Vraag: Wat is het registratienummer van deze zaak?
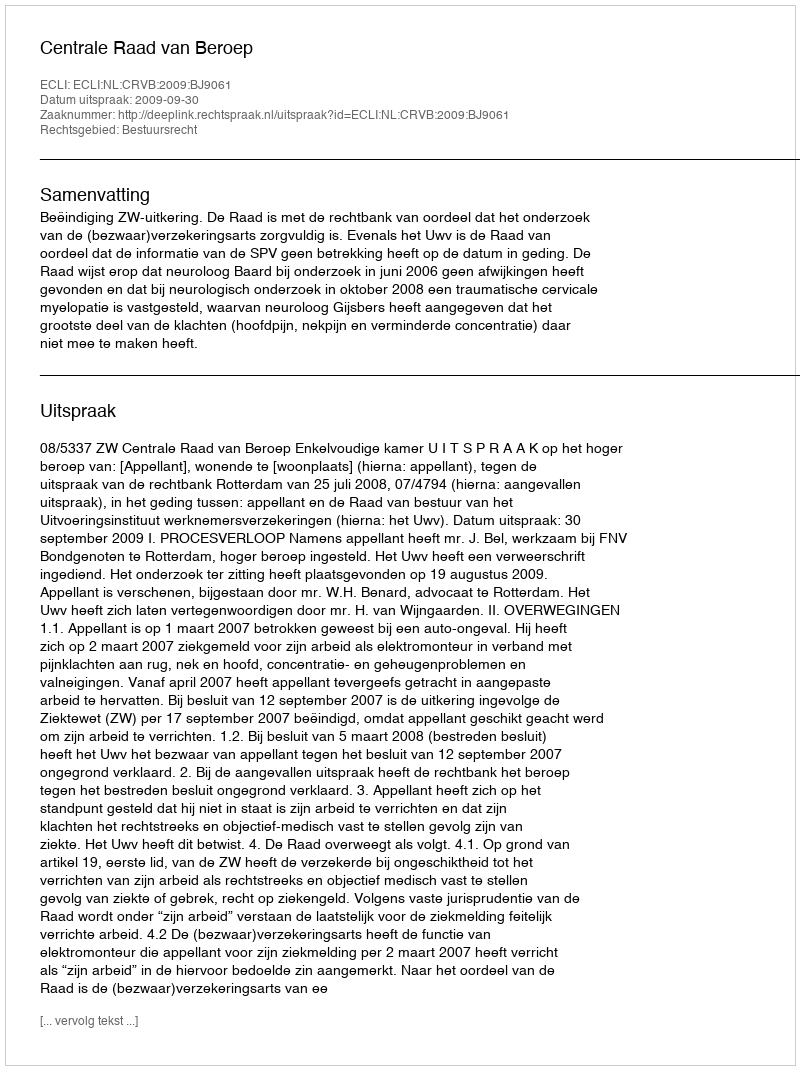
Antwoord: http://deeplink.rechtspraak.nl/uitspraak?id=ECLI:NL:CRVB:2009:BJ9061